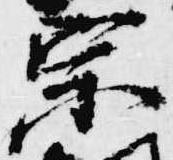
宗